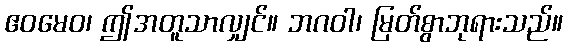
ဧဝမေဝ၊ ဤအတူသာလျှင်။ ဘဂဝါ၊ မြတ်စွာဘုရားသည်။